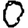
Digit: 0